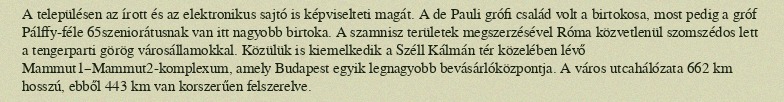
A településen az írott és az elektronikus sajtó is képviselteti magát. A de Pauli grófi család volt a birtokosa, most pedig a gróf Pálffy-féle 65szeniorátusnak van itt nagyobb birtoka. A szamnisz területek megszerzésével Róma közvetlenül szomszédos lett a tengerparti görög városállamokkal. Közülük is kiemelkedik a Széll Kálmán tér közelében lévő Mammut1–Mammut2-komplexum, amely Budapest egyik legnagyobb bevásárlóközpontja. A város utcahálózata 662 km hosszú, ebből 443 km van korszerűen felszerelve.